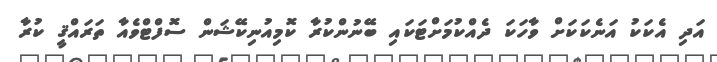
އަދި އެކަކު އަނެކަކަށް ވާހަކަ ދެއްކުމަށްޓަކައި ބޭނުންކުރާ ކޮމިއުނިކޭޝަން ސޮފްޓްވެއާ ތަރައްޤީ ކުރާ